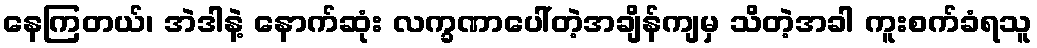
နေကြတယ်၊ အဲဒါနဲ့ နောက်ဆုံး လက္ခဏာပေါ်တဲ့အချိန်ကျမှ သိတဲ့အခါ ကူးစက်ခံရသူ